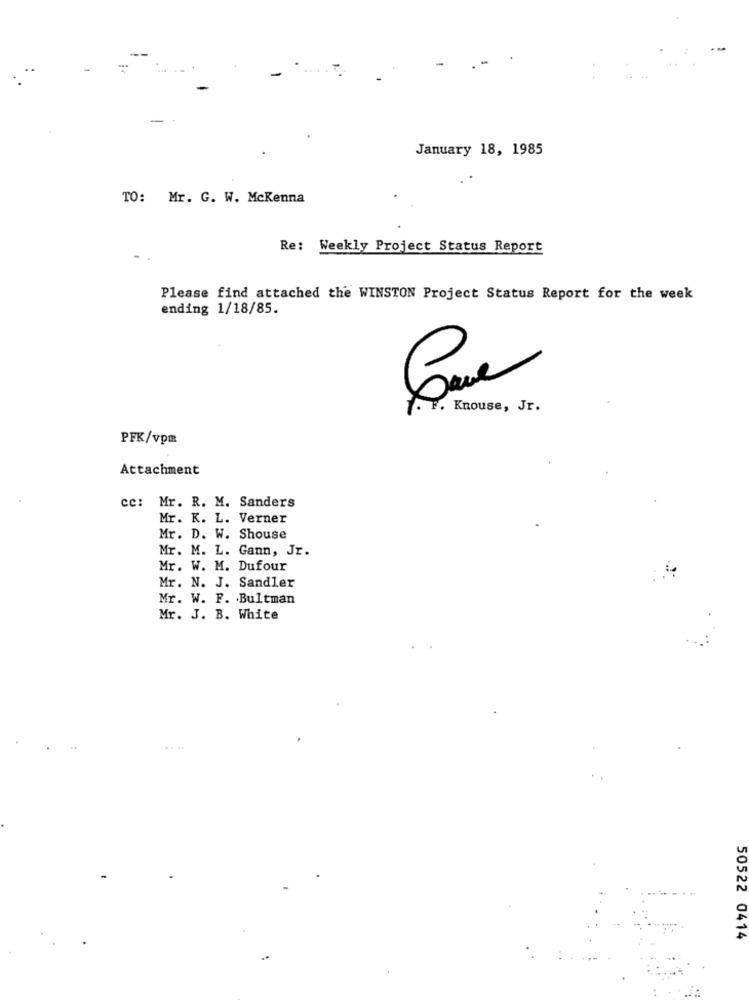
...
-
January 18, 1985
TO: Mr. G. W. Mckenna
Re: Weekly Project Status Report
Please find attached the WINSTON Project Status Report for the week
ending 1/18/85.
F. Knouse, Jr.
PFK/vpm
Attachment
cc: Mr. R. M. Sanders
Mr. K. L. Verner
Mr. D. W. Shouse
Mr. M. L. Gann, Jr.
Mr. W. M. Dufour
Mr. N. J. Sandler
Mr. W. F. Bultman
Mr. J. B. White
....
50522 0414